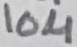
Text: 10µ